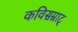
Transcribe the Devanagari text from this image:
कविसम्राट्